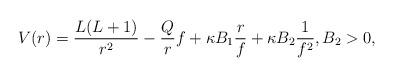
LaTeX: \begin{align*} V(r) = \frac{L(L+1)}{r^2} - \frac{Q}{r} f + \kappa B_1 \frac{r}{f} + \kappa B_2 \frac{1}{f^2}, B_2>0, \end{align*}